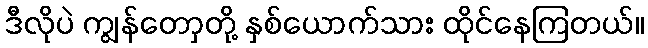
ဒီလိုပဲ ကျွန်တောှတို့ နှစ်ယောက်သား ထိုင်နေကြတယ်။